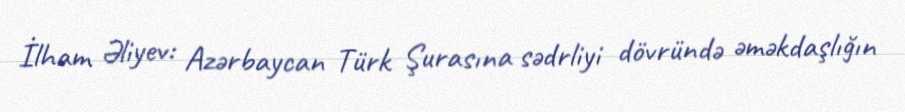
İlham Əliyev: Azərbaycan Türk Şurasına sədrliyi dövründə əməkdaşlığın